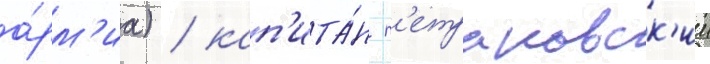
а́рм'иа) / кап'ита́н п'етраковск'ии